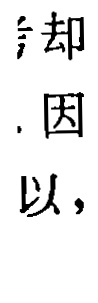
却.因,以